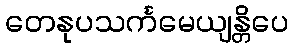
တေနုပသင်္ကမေယျန္တိပေ